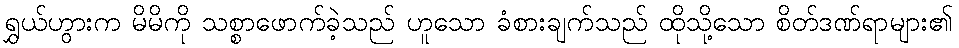
ရွှယ်ဟွားက မိမိကို သစ္စာဖောက်ခဲ့သည် ဟူသော ခံစားချက်သည် ထိုသို့သော စိတ်ဒဏ်ရာများ၏